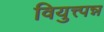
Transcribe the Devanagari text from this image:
वियुत्त्पन्न